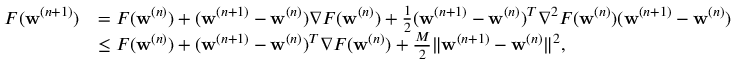
\begin{array} { r l } { F ( \mathbf { w } ^ { ( n + 1 ) } ) } & { = F ( \mathbf { w } ^ { ( n ) } ) + ( \mathbf { w } ^ { ( n + 1 ) } - \mathbf { w } ^ { ( n ) } ) \nabla F ( \mathbf { w } ^ { ( n ) } ) + \frac { 1 } { 2 } ( \mathbf { w } ^ { ( n + 1 ) } - \mathbf { w } ^ { ( n ) } ) ^ { T } \nabla ^ { 2 } F ( \mathbf { w } ^ { ( n ) } ) ( \mathbf { w } ^ { ( n + 1 ) } - \mathbf { w } ^ { ( n ) } ) } \\ & { \leq F ( \mathbf { w } ^ { ( n ) } ) + ( \mathbf { w } ^ { ( n + 1 ) } - \mathbf { w } ^ { ( n ) } ) ^ { T } \nabla F ( \mathbf { w } ^ { ( n ) } ) + \frac { M } { 2 } \| \mathbf { w } ^ { ( n + 1 ) } - \mathbf { w } ^ { ( n ) } \| ^ { 2 } , } \end{array}